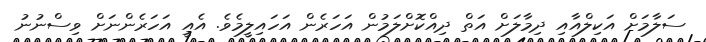
ސަލާމަށް އަކިލްއާއި ދިމާލަށް އަތް ދިއްކޮށްލަމުން އަހަރެން އަހައިލީމެވެ. އެއީ އަހަރެންނަށް ވިސްނުނު